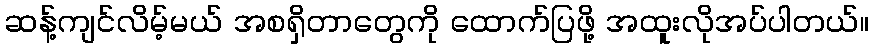
ဆန့်ကျင်လိမ့်မယ် အစရှိတာတွေကို ထောက်ပြဖို့ အထူးလိုအပ်ပါတယ်။